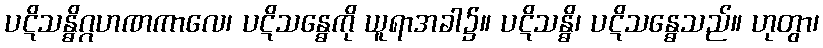
ပဋိသန္ဓိဂ္ဂဟဏကာလေ၊ ပဋိသန္ဓေကို ယူရာအခါ၌။ ပဋိသန္ဓိ၊ ပဋိသန္ဓေသည်။ ဟုတွာ၊